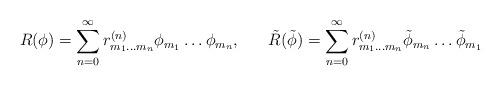
LaTeX: \begin{align*}R(\phi) = \sum_{n=0}^{\infty} r^{(n)}_{m_{1} \ldots m_{n}} \phi_{m_{1}} \ldots \phi_{m_{n}}, \;\;\;\;\;\; \tilde{R}(\tilde{\phi}) = \sum_{n=0}^{\infty} r^{(n)}_{m_{1} \ldots m_{n}} \tilde{\phi}_{m_{n}} \ldots \tilde{\phi}_{m_{1}} \end{align*}